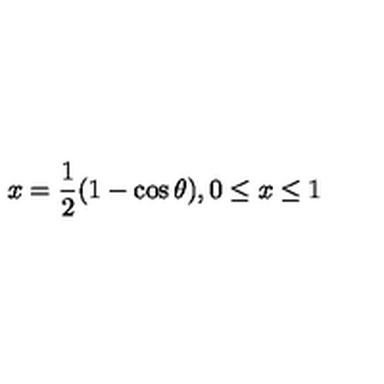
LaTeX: x = \frac { 1 } { 2 } ( 1 - \cos \theta ) , 0 \leq x \leq 1